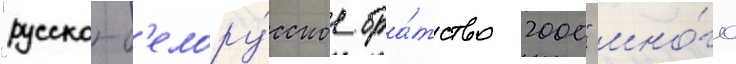
"русско-б'елору́сское бра́тство 2000" мно́го